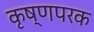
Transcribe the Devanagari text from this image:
कृष्णपरक